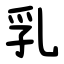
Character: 乳